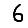
Digit: 6